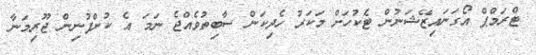
ޓްރަމްޕް އޯގަނައިޒޭޝަނުން ޓެކުހަށް މަކަރު ހެދިކަން ސާބިތުވެއްޖެ ނަމަ އެ ކުންފުނިން ޖޫރިމަނާ